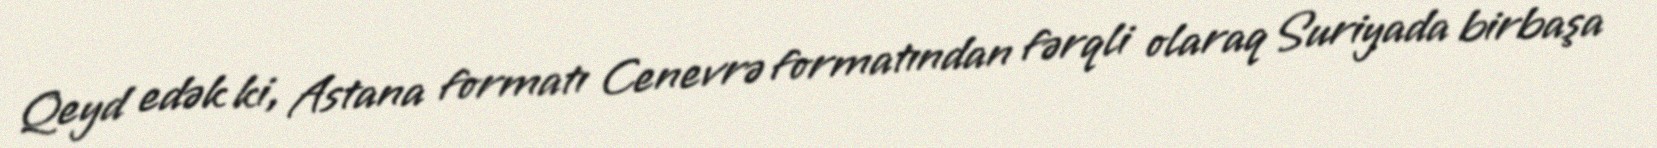
Qeyd edək ki, Astana formatı Cenevrə formatından fərqli olaraq Suriyada birbaşa